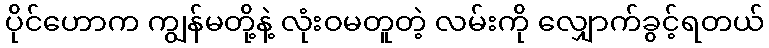
ပိုင်ဟောက ကျွန်မတို့နဲ့ လုံးဝမတူတဲ့ လမ်းကို လျှောက်ခွင့်ရတယ်